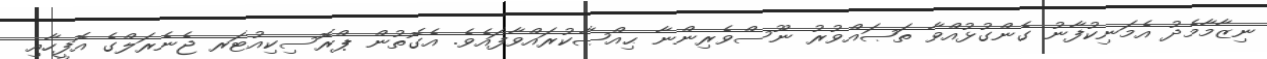
ނިޒާމާމެދު އެމަނިކުފާނު ގެންގުޅުއްވާ ތަޞައްވުރު ނޫސްވެރިންނާ ޙިއްޞާކުރައްވާފައެވެ. އެގޮތުން ޕްރޮސިކިއުޓަރ ޖެނެރަލްގެ އޮފީހާއި